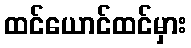
ထင်ယောင်ထင်မှား